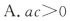
A. $$a c > 0$$